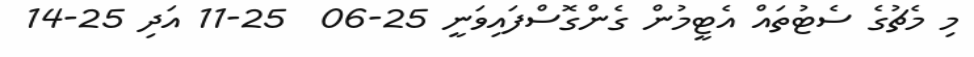
މި މެޗުގެ ސެޓުތައް އެޓީމުން ގެންގޮސްފައިވަނީ 25-06  25-11 އަދި 25-14